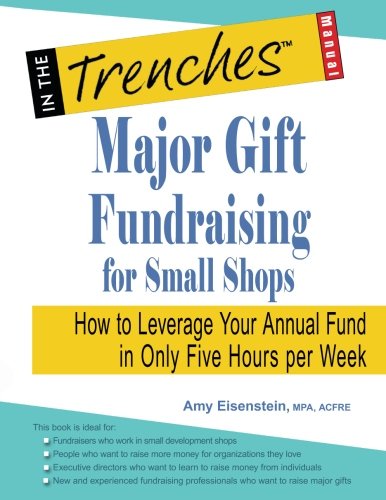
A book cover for Major Gift Fundraising for Small Shops: How to Leverage Your Annual Fund in Only Five Hours per Week; Amy Eisenstein; Politics & Social Sciences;